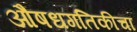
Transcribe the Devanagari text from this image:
औषधगतिकीचा